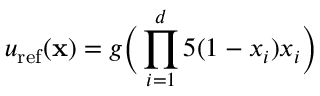
u _ { \mathrm { r e f } } ( \mathbf { x } ) = g \Big ( \prod _ { i = 1 } ^ { d } { 5 ( 1 - x _ { i } ) x _ { i } } \Big )